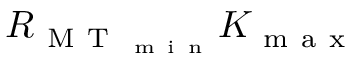
R _ { \mathrm { ~ M ~ T ~ } _ { \mathrm { ~ m ~ i ~ n ~ } } } K _ { \mathrm { ~ m ~ a ~ x ~ } }